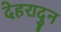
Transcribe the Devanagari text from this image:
देहरादुन